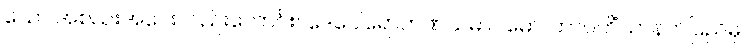
သော အစည်းအဝေးလည်းကောင်း။ ဒေဝေါရောဟဏသမာဂမော၊ တာဝတိံသာနတ်ပြည်မှ